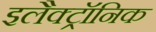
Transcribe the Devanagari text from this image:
इलैक्‍ट्रॉनिक